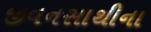
જીવનસાથીના